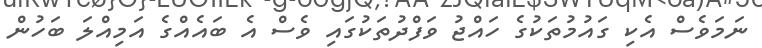
ނަމަވެސް އެކި ގައުމުތަކުގެ ހައްޖު ވަފްދުތަކުގައި ވެސް އެ ބައެއްގެ އަމިއްލަ ބަހުން